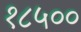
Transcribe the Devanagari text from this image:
१८५००